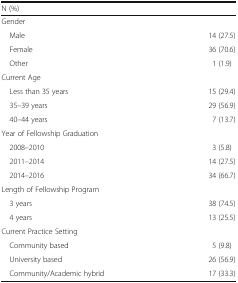
| <COLSPAN=2> N (%) |
 | --- | --- |
 | <COLSPAN=2> Gender |
 | Male | 14 (27.5) |
 | Female | 36 (70.6) |
 | Other | 1 (1.9) |
 | <COLSPAN=2> Current Age |
 | Less than 35 years | 15 (29.4) |
 | 35–39 years | 29 (56.9) |
 | 40–44 years | 7 (13.7) |
 | <COLSPAN=2> Year of Fellowship Graduation |
 | 2008–2010 | 3 (5.8) |
 | 2011–2014 | 14 (27.5) |
 | 2014–2016 | 34 (66.7) |
 | <COLSPAN=2> Length of Fellowship Program |
 | 3 years | 38 (74.5) |
 | 4 years | 13 (25.5) |
 | <COLSPAN=2> Current Practice Setting |
 | Community based | 5 (9.8) |
 | University based | 26 (56.9) |
 | Community/Academic hybrid | 17 (33.3) |